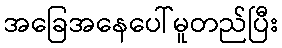
အခြေအနေပေါ်မူတည်ပြီး